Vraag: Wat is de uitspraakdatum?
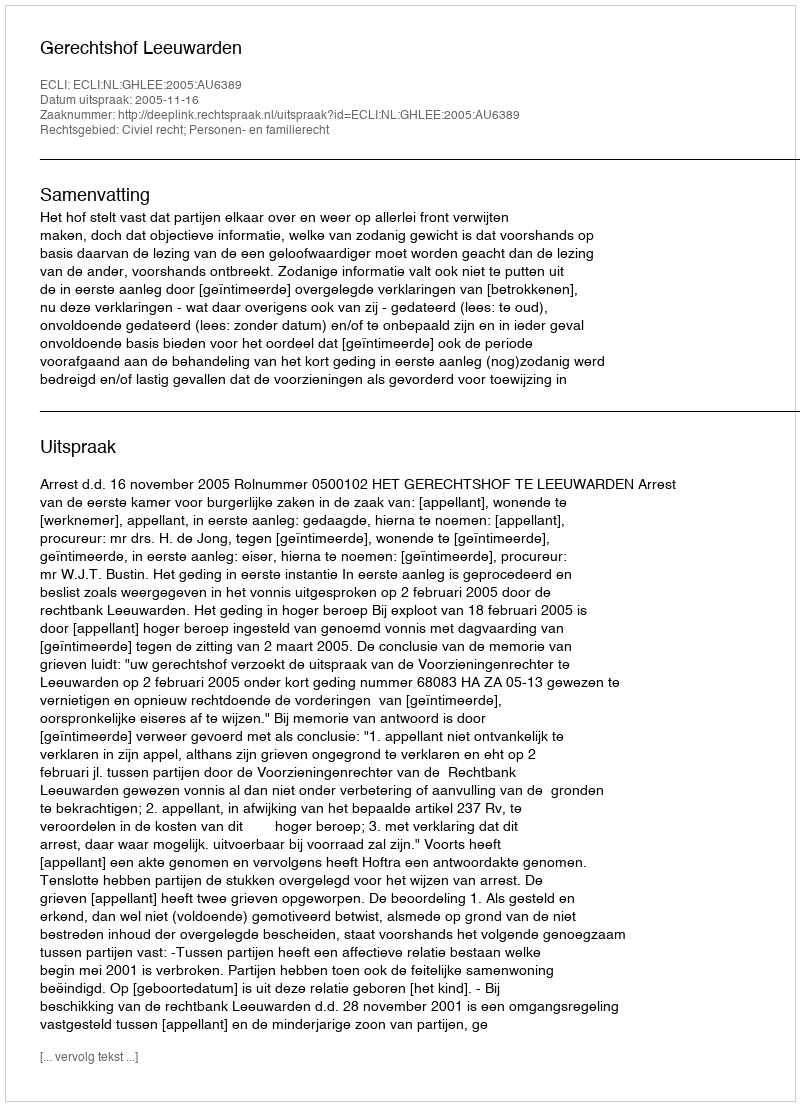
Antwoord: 2005-11-16